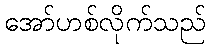
အော်ဟစ်လိုက်သည်